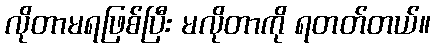
လိုတာမရဖြစ်ပြီး မလိုတာကို ရတတ်တယ်။